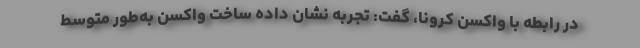
در رابطه با واکسن کرونا، گفت: تجربه نشان داده ساخت واکسن به‌طور متوسط